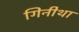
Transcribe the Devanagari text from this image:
गिनीथा